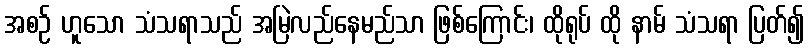
အစဉ် ဟူသော သံသရာသည် အမြဲလည်နေမည်သာ ဖြစ်ကြောင်း၊ ထိုရုပ် ထို နာမ် သံသရာ ပြတ်၍